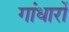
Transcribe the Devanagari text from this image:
गांधारों